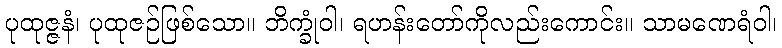
ပုထုဇ္ဇနံ၊ ပုထုဇဉ်ဖြစ်သော။ ဘိက္ခုံဝါ၊ ရဟန်းတော်ကိုလည်းကောင်း။ သာမဏေရံဝါ၊